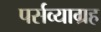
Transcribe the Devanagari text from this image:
पर्सव्याग्रह